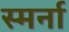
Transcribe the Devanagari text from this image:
स्मर्ना